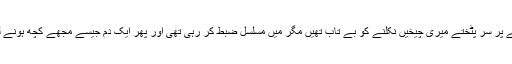
سرہانے پر سر پٹختے میری چیخیں نکلنے کو بے تاب تھیں مگر میں مسلسل ضبط کر رہی تھی اور پھر ایک دم جیسے مجھے کچھ ہونے لگا تھا۔